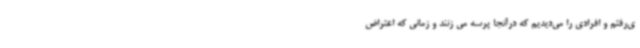
ی‌رفتم و افرادی را می‌دیدیم که درآنجا پرسه می زنند و زمانی که اعتراض